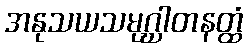
အနုသယသမုဂ္ဃါတနတ္ထံ